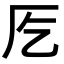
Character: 𭆀